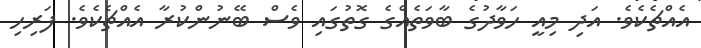
އެއްޗެކެވެ. އަދި މިއީ ހަވާދުގެ ބާވަތެއްގެ ގޮތުގައި ވެސް ބޭނުންކުރާ އެއްޗެކެވެ. ފަރިހި